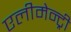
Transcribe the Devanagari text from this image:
एलीमेन्ट्री